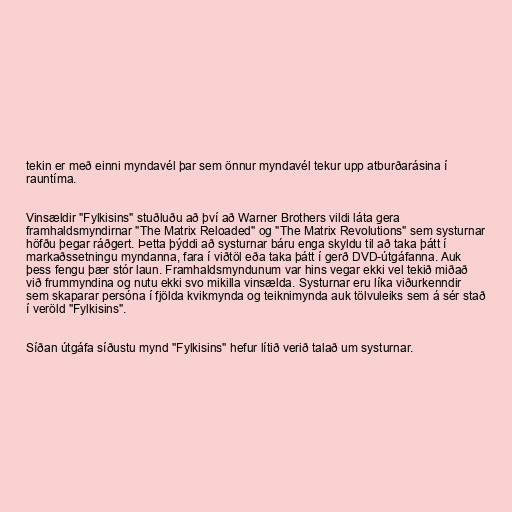
tekin er með einni myndavél þar sem önnur myndavél tekur upp atburðarásina í
rauntíma.

Vinsældir "Fylkisins" stuðluðu að því að Warner Brothers vildi láta gera
framhaldsmyndirnar "The Matrix Reloaded" og "The Matrix Revolutions" sem systurnar
höfðu þegar ráðgert. Þetta þýddi að systurnar báru enga skyldu til að taka þátt í
markaðssetningu myndanna, fara í viðtöl eða taka þátt í gerð DVD-útgáfanna. Auk
þess fengu þær stór laun. Framhaldsmyndunum var hins vegar ekki vel tekið miðað
við frummyndina og nutu ekki svo mikilla vinsælda. Systurnar eru líka viðurkenndir
sem skaparar persóna í fjölda kvikmynda og teiknimynda auk tölvuleiks sem á sér stað
í veröld "Fylkisins".

Síðan útgáfa síðustu mynd "Fylkisins" hefur lítið verið talað um systurnar.